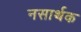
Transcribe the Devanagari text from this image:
नसार्थक